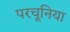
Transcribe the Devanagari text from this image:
परचूनिया